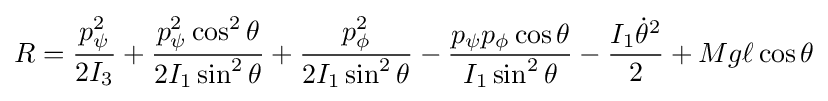
R={\frac {p_{\psi }^{2}}{2I_{3}}}+{\frac {p_{\psi }^{2}\cos ^{2}\theta }{2I_{1}\sin ^{2}\theta }}+{\frac {p_{\phi }^{2}}{2I_{1}\sin ^{2}\theta }}-{\frac {p_{\psi }p_{\phi }\cos \theta }{I_{1}\sin ^{2}\theta }}-{\frac {I_{1}{\dot {\theta }}^{2}}{2}}+Mg\ell \cos \theta